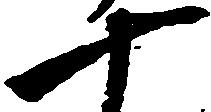
十